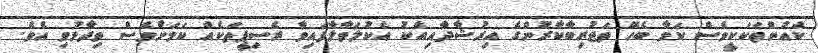
ކެއުންތަކަކީވެސް ކަމާ ބެހޭ ތަޖުރިބާކާރުންގެ އިރުޝާދާއިއެކު އެކުލަވާލާފައިވާ ރެސިޕީތަކެއް ކަމަށްވެސް ވިދާޅުވި އެވެ.